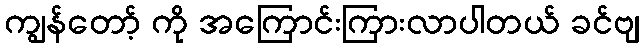
ကျွန်တော့် ကို အကြောင်းကြားလာပါတယ် ခင်ဗျ